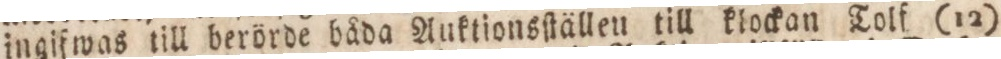
ingifwas till berörde båda Auktionsſtällen till klockan Tolf (12)